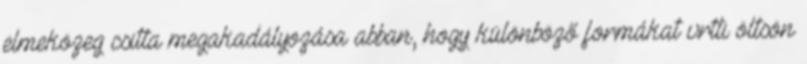
elmeközeg csitta megakadályozása abban, hogy különböző formákat vrtti öltsön